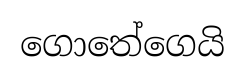
ගොතේගෙයි